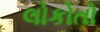
લોકોતો